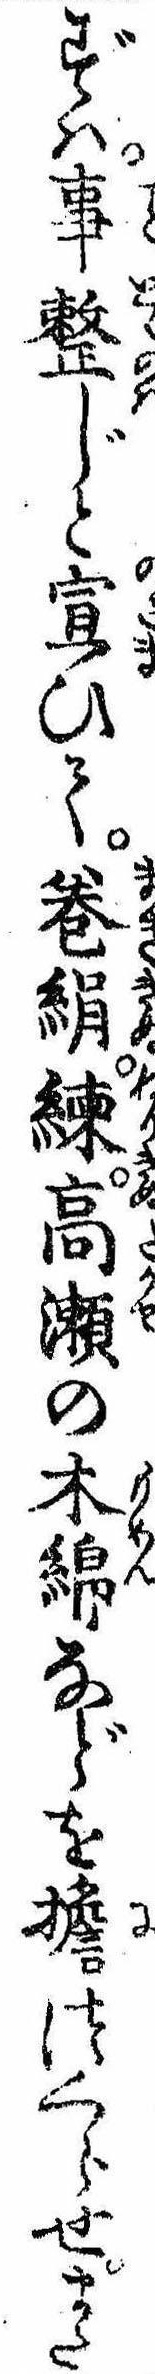
ずは事整じと宣ひて巻絹練高瀬の木綿などを担つくらせまた